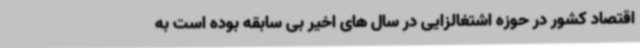
اقتصاد کشور در حوزه اشتغالزایی در سال های اخیر بی سابقه بوده است به